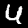
Digit: 4